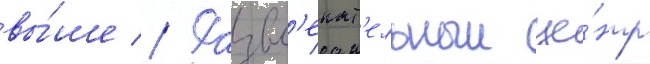
вы́ше // Развл'екат'ельныи це́нтр